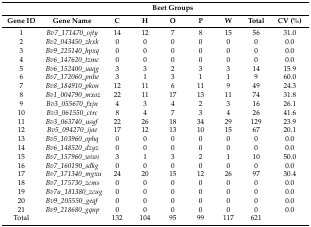
<table><thead><tr><td colspan="2"></td><td colspan="5"><b>Beet Groups</b></td><td colspan="2"></td></tr><tr><td><b>Gene ID</b></td><td><b>Gene Name</b></td><td><b>C</b></td><td><b>H</b></td><td><b>O</b></td><td><b>P</b></td><td><b>W</b></td><td><b>Total</b></td><td><b>CV (%)</b></td></tr></thead><tbody><tr><td>1</td><td><i>Bv7_171470_ojty</i></td><td>14</td><td>12</td><td>7</td><td>8</td><td>15</td><td>56</td><td>31.0</td></tr><tr><td>2</td><td><i>Bv2_043450_zhxk</i></td><td>0</td><td>0</td><td>0</td><td>0</td><td>0</td><td>0</td><td>0.0</td></tr><tr><td>3</td><td><i>Bv9_225140_hpxq</i></td><td>0</td><td>0</td><td>0</td><td>0</td><td>0</td><td>0</td><td>0.0</td></tr><tr><td>4</td><td><i>Bv6_147620_tzmc</i></td><td>0</td><td>0</td><td>0</td><td>0</td><td>0</td><td>0</td><td>0.0</td></tr><tr><td>5</td><td><i>Bv6_152400_uaqg</i></td><td>3</td><td>3</td><td>2</td><td>3</td><td>3</td><td>14</td><td>15.9</td></tr><tr><td>6</td><td><i>Bv7_172060_pnhe</i></td><td>3</td><td>1</td><td>3</td><td>1</td><td>1</td><td>9</td><td>60.0</td></tr><tr><td>7</td><td><i>Bv8_184910_pkon</i></td><td>12</td><td>11</td><td>6</td><td>11</td><td>9</td><td>49</td><td>24.3</td></tr><tr><td>8</td><td><i>Bv1_004790_mxoz</i></td><td>22</td><td>11</td><td>17</td><td>13</td><td>11</td><td>74</td><td>31.8</td></tr><tr><td>9</td><td><i>Bv3_055670_fxjn</i></td><td>4</td><td>3</td><td>4</td><td>2</td><td>3</td><td>16</td><td>26.1</td></tr><tr><td>10</td><td><i>Bv3_061550_ctrc</i></td><td>8</td><td>4</td><td>7</td><td>3</td><td>4</td><td>26</td><td>41.6</td></tr><tr><td>11</td><td><i>Bv3_063740_usyf</i></td><td>22</td><td>26</td><td>18</td><td>34</td><td>29</td><td>129</td><td>23.9</td></tr><tr><td>12</td><td><i>Bv5_094270_ijae</i></td><td>17</td><td>12</td><td>13</td><td>10</td><td>15</td><td>67</td><td>20.1</td></tr><tr><td>13</td><td><i>Bv5_103960_ophq</i></td><td>0</td><td>0</td><td>0</td><td>0</td><td>0</td><td>0</td><td>0.0</td></tr><tr><td>14</td><td><i>Bv6_148520_dzyz</i></td><td>0</td><td>0</td><td>0</td><td>0</td><td>0</td><td>0</td><td>0.0</td></tr><tr><td>15</td><td><i>Bv7_157960_wiwi</i></td><td>3</td><td>1</td><td>3</td><td>2</td><td>1</td><td>10</td><td>50.0</td></tr><tr><td>16</td><td><i>Bv7_160190_sdkg</i></td><td>0</td><td>0</td><td>0</td><td>0</td><td>0</td><td>0</td><td>0.0</td></tr><tr><td>17</td><td><i>Bv7_171340_mgxu</i></td><td>24</td><td>20</td><td>15</td><td>12</td><td>26</td><td>97</td><td>30.4</td></tr><tr><td>18</td><td><i>Bv7_175730_zcms</i></td><td>0</td><td>0</td><td>0</td><td>0</td><td>0</td><td>0</td><td>0.0</td></tr><tr><td>19</td><td><i>Bv7u_181380_zcug</i></td><td>0</td><td>0</td><td>0</td><td>0</td><td>0</td><td>0</td><td>0.0</td></tr><tr><td>20</td><td><i>Bv9_205550_geqf</i></td><td>0</td><td>0</td><td>0</td><td>0</td><td>0</td><td>0</td><td>0.0</td></tr><tr><td>21</td><td><i>Bv9_218680_gqnp</i></td><td>0</td><td>0</td><td>0</td><td>0</td><td>0</td><td>0</td><td>0.0</td></tr><tr><td>Total</td><td></td><td>132</td><td>104</td><td>95</td><td>99</td><td>117</td><td>621</td><td></td></tr></tbody></table>